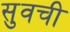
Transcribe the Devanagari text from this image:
सुवची